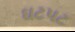
ઘટપટ